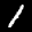
Label: 1